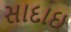
સાદાઇ